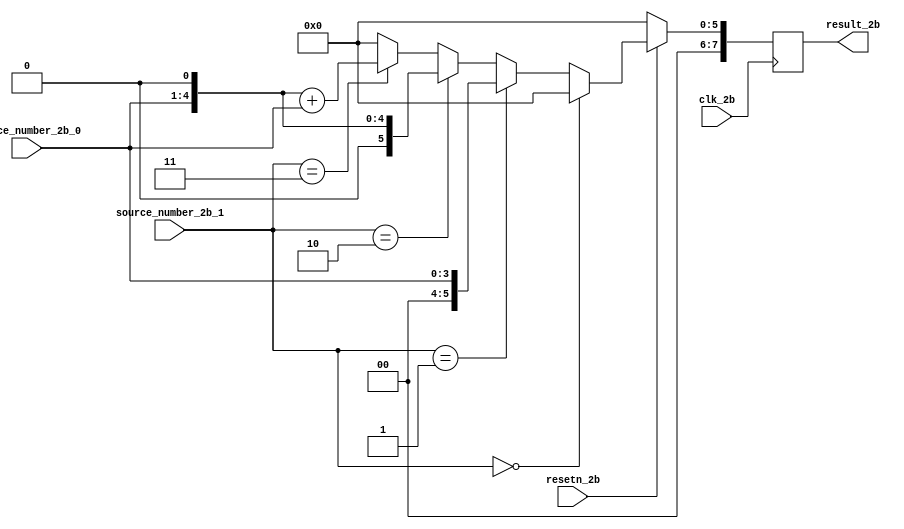

module lut_multiplier_2b_cond
(
    input resetn_2b,
    input clk_2b,
    input[3:0] source_number_2b_0,
    input[1:0] source_number_2b_1,

    output reg[7:0] result_2b
);

always@(posedge clk_2b) begin
    if(resetn_2b == 0) begin
        result_2b <= 0;
    end
    else begin
        if(source_number_2b_1 == 0) begin
            result_2b <= 0;
        end
        else if (source_number_2b_1 == 1) begin
            result_2b <= source_number_2b_0;
        end
        else if (source_number_2b_1 == 2) begin
            result_2b <= source_number_2b_0 << 1;           //Desplazamiento metiendo cero.
        end
        else if (source_number_2b_1 == 3) begin
            result_2b <= (source_number_2b_0 << 1) + source_number_2b_0;     //Desplazamiento metiendo cero.
        end
        else begin
            result_2b <= 0;
        end
    end
end

endmodule